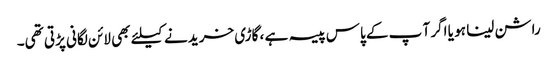
راشن لینا ہو یا اگر آ پ کے پاس پیسہ ہے ، گاڑی خریدنے کیلئے بھی لائن لگانی پڑتی تھی۔